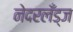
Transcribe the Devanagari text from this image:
नेदरलँड्ज